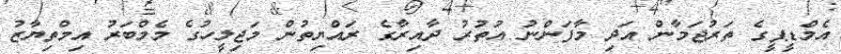
އެމްޑީޕީގެ ތަރުޖަމާން އަދި މާފަންނު އުތުރު ދާއިރާގެ ރައްޔިތުން މަޖިލީހުގެ މެމްބަރު އިމްތިޔާޒު